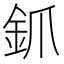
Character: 釽